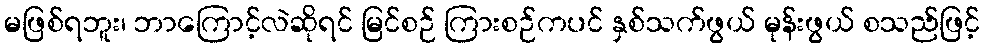
မဖြစ်ရဘူး၊ ဘာကြောင့်လဲဆိုရင် မြင်စဉ် ကြားစဉ်ကပင် နှစ်သက်ဖွယ် မုန်းဖွယ် စသည်ဖြင့်